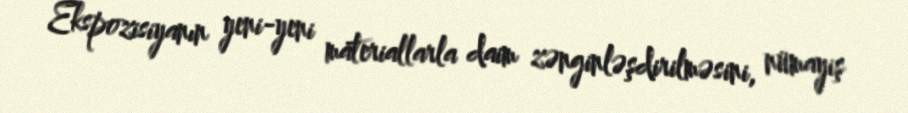
Ekspozisiyanın yeni-yeni materiallarla daim zənginləşdirilməsini, nümayiş